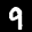
Label: 9